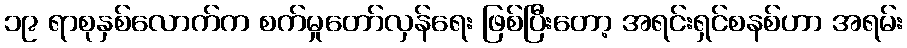
၁၉ ရာစုနှစ်လောက်က စက်မှုတော်လှန်ရေး ဖြစ်ပြီးတော့ အရင်းရှင်စနစ်ဟာ အရမ်း